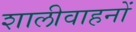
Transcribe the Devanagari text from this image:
शालीवाहनों